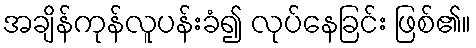
အချိန်ကုန်လူပန်းခံ၍ လုပ်နေခြင်း ဖြစ်၏။